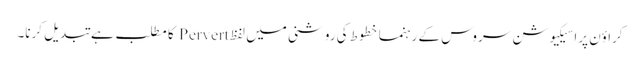
کراؤن پراسیکیوشن سروس کے رہنما خطوط کی روشنی میں لفظ Pervert کا مطلب ہے تبدیل کرنا۔